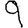
Digit: 9